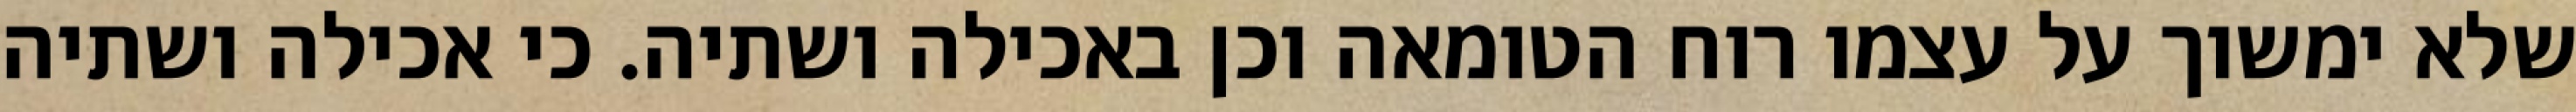
שלא ימשוך על עצמו רוח הטומאה וכן באכילה ושתיה. כי אכילה ושתיה